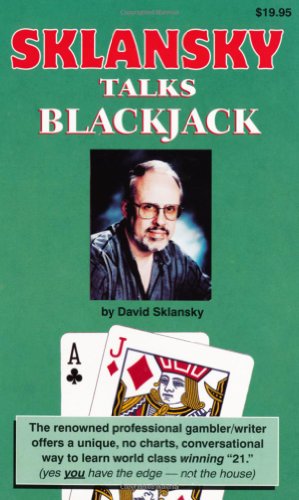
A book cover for Sklansky Talks Blackjack; David Sklansky; Humor & Entertainment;